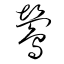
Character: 鴬